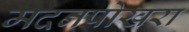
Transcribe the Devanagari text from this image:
मदनपोखरा